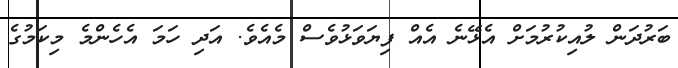
ބަރުދަން ލުއިކުރުމަށް އެޅޭނެ އެއް ފިޔަވަޅުވެސް މެއެވެ. އަދި ހަމަ އެހެންމެ މިކަމުގެ